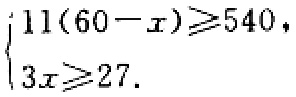
\(\begin{cases}
11(60 - x)\geqslant540,\\
3x\geqslant27.
\end{cases}\)